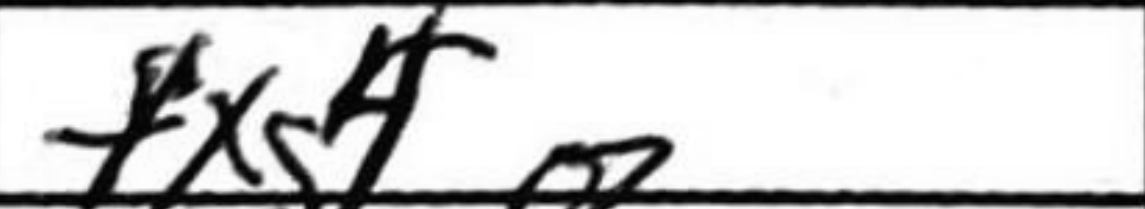
Transcription: fxg4